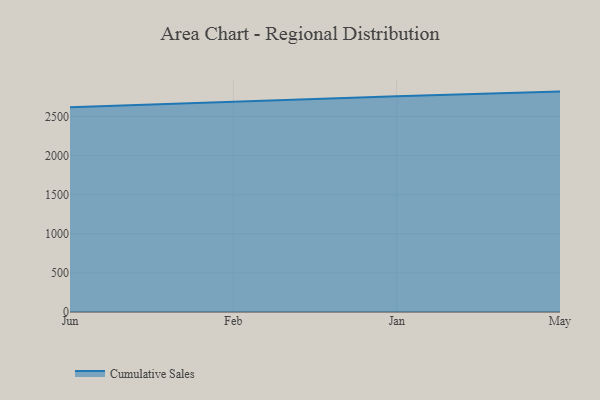
{"axis": {"x": "Month", "y": "Page Views"}, "legend": ["Cumulative Sales"], "data": [{"x": "Jun", "y": 2618.2, "type": "Cumulative Sales"}, {"x": "Feb", "y": 2688.8, "type": "Cumulative Sales"}, {"x": "Jan", "y": 2757.8, "type": "Cumulative Sales"}, {"x": "May", "y": 2817.7, "type": "Cumulative Sales"}]}